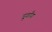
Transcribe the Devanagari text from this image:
डुगाँग